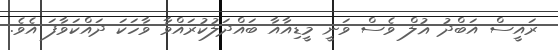
ރައީސް އަބްދު ޣުލް ވެސް ވަނީ މީީޑިއާއާ ބައްދަލުކުރައްވާ ވާހަކަ ދައްކަވާފަ އެވެ.